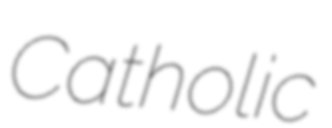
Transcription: Catholic